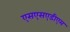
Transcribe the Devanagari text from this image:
एसएसएडीएम